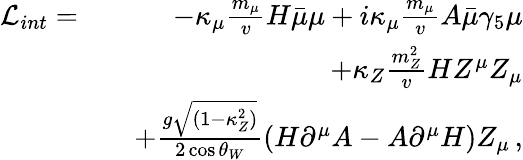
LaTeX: \begin{array}{rlr}{\mathcal{L}_{int}=}&{}&{-\kappa_{\mu}\frac{m_{\mu}}{v}H\bar{\mu}\mu+i\kappa_{\mu}\frac{m_{\mu}}{v}A\bar{\mu}\gamma_{5}\mu}\\ &{}&{+\kappa_{Z}\frac{m_{Z}^{2}}{v}HZ^{\mu}Z_{\mu}}\\ &{}&{+\frac{g\sqrt{(1-\kappa_{Z}^{2})}}{2\cos\theta_{W}}(H\partial^{\mu}A-A\partial^{\mu}H)Z_{\mu}\, ,}\end{array}